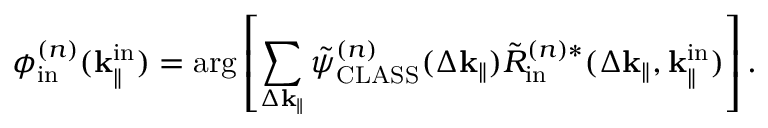
\phi _ { \mathrm { i n } } ^ { ( n ) } ( \mathbf { k } _ { \parallel } ^ { \mathrm { i n } } ) = \arg \left[ \sum _ { \Delta \mathbf { k } _ { \parallel } } \Tilde { \psi } _ { \mathrm { C L A S S } } ^ { ( n ) } ( \Delta \mathbf { k } _ { \parallel } ) \Tilde { R } _ { \mathrm { i n } } ^ { ( n ) \ast } ( \Delta \mathbf { k } _ { \parallel } , \mathbf { k } _ { \parallel } ^ { \mathrm { i n } } ) \right] .